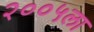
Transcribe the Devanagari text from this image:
२००५ला